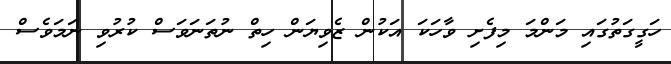
ހަގީގަތުގައި މަންމަ މިފެށި ވާހަކަ އަކުން ޒެވިޔަން ހިތް ނުތަނަވަސް ކުރުވި ނަމަވެސް